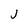
Character: j